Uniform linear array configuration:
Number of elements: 8
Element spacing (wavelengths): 0.25
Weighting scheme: hamming
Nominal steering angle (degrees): -15
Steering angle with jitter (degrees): -15.258
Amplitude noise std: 0.05
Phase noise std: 0.05

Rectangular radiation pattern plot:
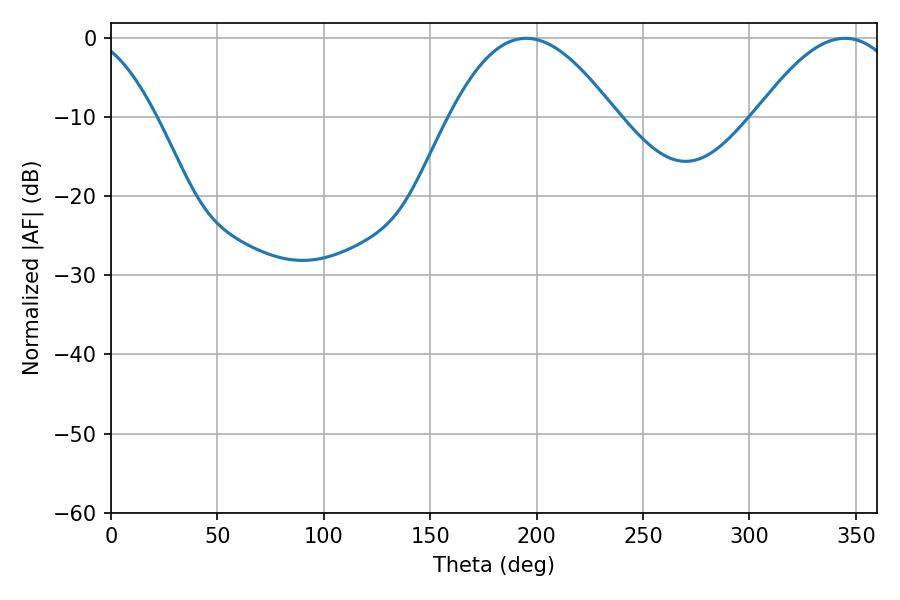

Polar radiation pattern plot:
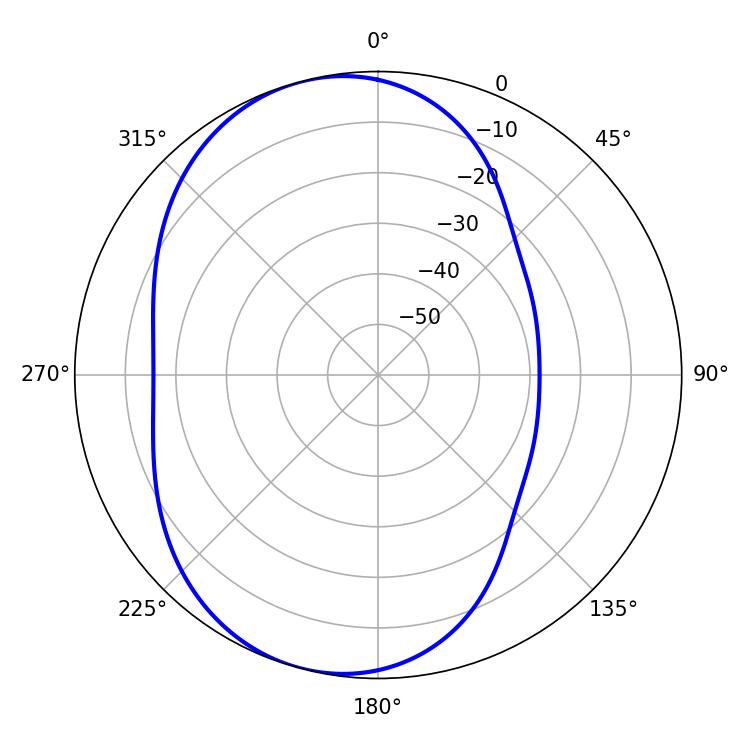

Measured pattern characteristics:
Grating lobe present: FALSE
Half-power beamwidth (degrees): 42.3
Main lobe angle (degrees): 195.12